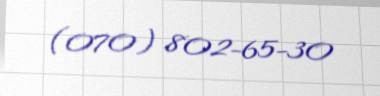
(070) 802-65-30